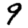
Digit: 9